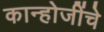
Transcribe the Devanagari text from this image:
कान्होजींचे